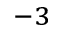
^ { - 3 }